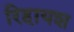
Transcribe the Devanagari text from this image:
रिहायश